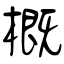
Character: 概